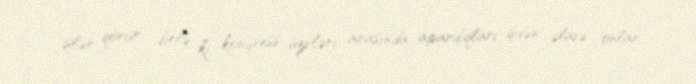
işlər qörür, belə ki, konqress üzvləri arasında apardıqları işdən əlavə onlar,